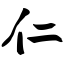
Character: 仁